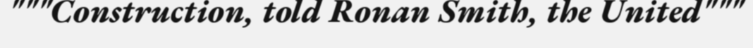
"""Construction, told Ronan Smith, the United"""